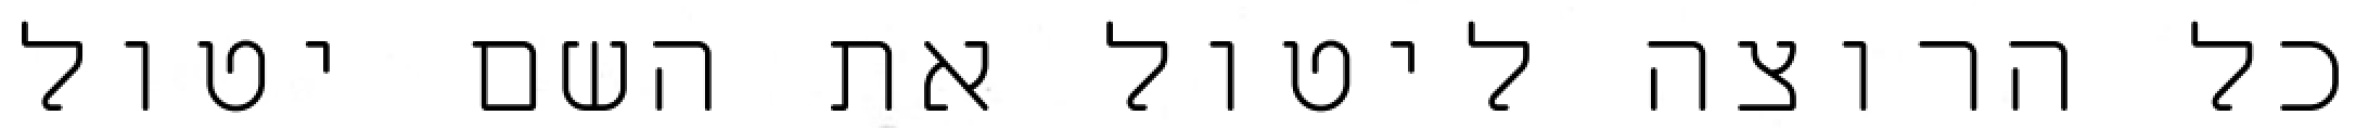
כל הרוצה ליטול את השם יטול